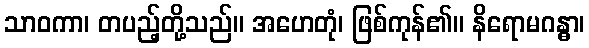
သာဝကာ၊ တပည့်တို့သည်။ အဟေတုံ၊ ဖြစ်ကုန်၏။ နိရောမဂန္ဓာ၊